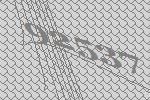
92537